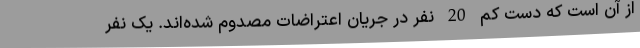
از آن است که دست کم 20 نفر در جریان اعتراضات مصدوم شده‌اند. یک نفر